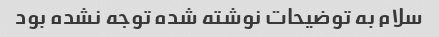
سلام به توضیحات نوشته شده توجه نشده بود